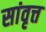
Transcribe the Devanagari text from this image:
सांवृत्त